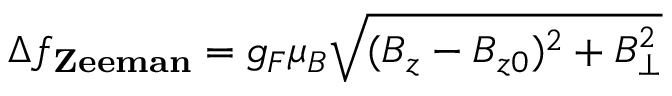
\Delta f _ { \bf Z e e m a n } = g _ { F } \mu _ { B } \sqrt { ( B _ { z } - B _ { z 0 } ) ^ { 2 } + B _ { \perp } ^ { 2 } }